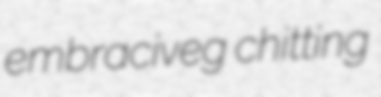
embraciveg chitting